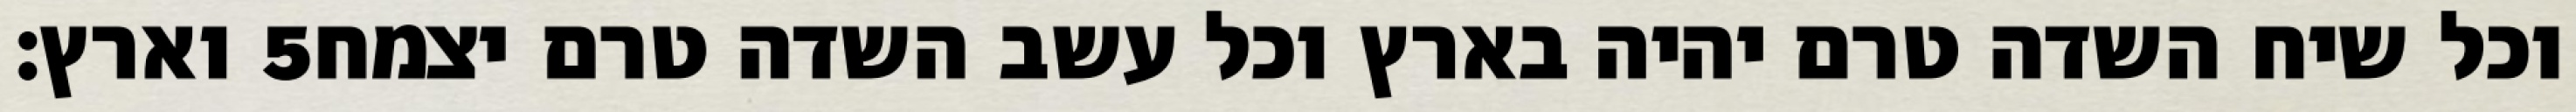
וארץ׃ ‎5‏ וכל שיח השדה טרם יהיה בארץ וכל עשב השדה טרם יצמח